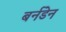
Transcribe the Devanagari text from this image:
बर्नडेन